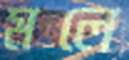
মলে